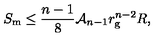
S _ { \mathrm { m } } \leq \frac { n - 1 } { 8 } { \cal A } _ { n - 1 } r _ { \mathrm { g } } ^ { n - 2 } R ,